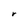
Character: r